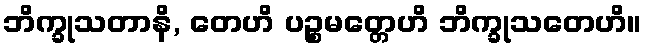
ဘိက္ခုသတာနိ, တေဟိ ပဉ္စမတ္တေဟိ ဘိက္ခုသတေဟိ။